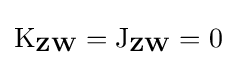
\operatorname {K} _{\mathbf {Z} \mathbf {W} }=\operatorname {J} _{\mathbf {Z} \mathbf {W} }=0